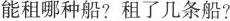
能租哪种船?租了几条船?